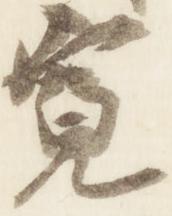
寛